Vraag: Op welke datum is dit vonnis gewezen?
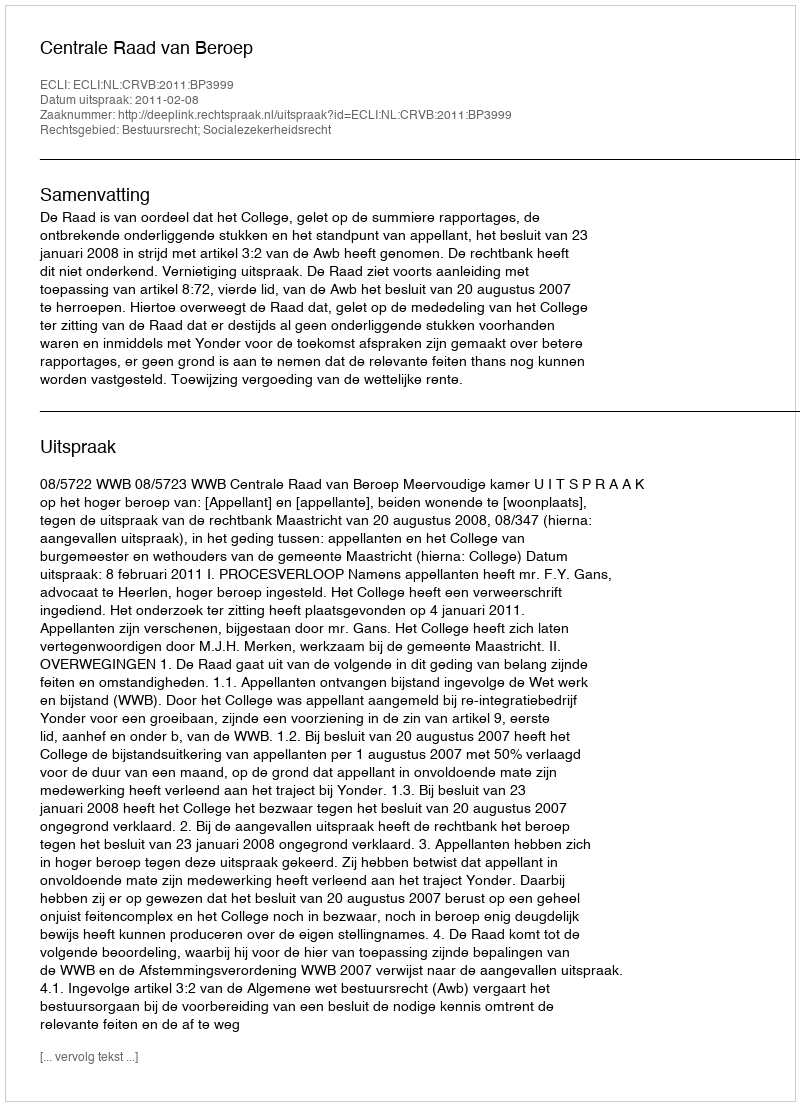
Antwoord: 2011-02-08